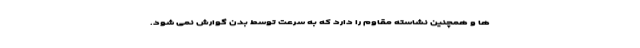
ها و همچنین نشاسته مقاوم را دارد که به سرعت توسط بدن گوارش نمی شود.